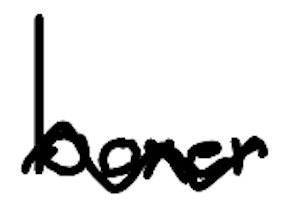
Text: boxer
Cross-out: wave
Writing tool: digital_black